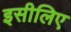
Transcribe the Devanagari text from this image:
इसीलिए